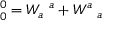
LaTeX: \mathbf { \omega } _ { 0 } ^ { 0 } = W _ { a } \mathbf { \omega } ^ { a } + W ^ { a } \mathbf { \omega } _ { a }